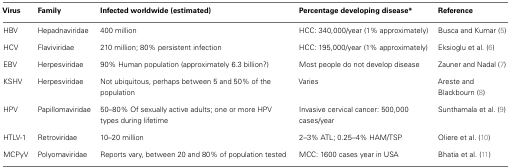
| Virus | Family | Infected worldwide (estimated) | Percentage developing disease* | Reference |
 | --- | --- | --- | --- | --- |
 | HBV | Hepadnaviridae | 400 million | HCC: 340,000/year (1% approximately) | Busca and Kumar (5) |
 | HCV | Flaviviridae | 210 million; 80% persistent infection | HCC: 195,000/year (1% approximately) | Eksioglu et al. (6) |
 | EBV | Herpesviridae | 90% Human population (approximately 6.3 billion?) | Most people do not develop disease | Zauner and Nadal (7) |
 | KSHV | Herpesviridae | Not ubiquitous, perhaps between 5 and 50% of the population | Varies | Areste and Blackbourn (8) |
 | HPV | Papillomaviridae | 50–80% Of sexually active adults; one or more HPV types during lifetime | Invasive cervical cancer: 500,000 cases/year | Sunthamala et al. (9) |
 | HTLV-1 | Retroviridae | 10–20 million | 2–3% ATL; 0.25–4% HAM/TSP | Oliere et al. (10) |
 | MCPyV | Polyomaviridae | Reports vary, between 20 and 80% of population tested | MCC: 1600 cases year in USA | Bhatia et al. (11) |